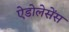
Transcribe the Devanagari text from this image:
ऐडोलेसेंस